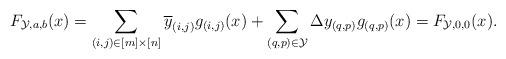
LaTeX: \begin{align*}F_{\mathcal{Y},a,b}(x) = \sum_{(i,j) \in [m] \times [n]} \overline{y}_{(i,j)}g_{(i,j)}(x) + \sum_{(q,p) \in \mathcal{Y}} \Delta y_{(q,p)}g_{(q,p)}(x) = F_{\mathcal{Y},0,0}(x).\end{align*}